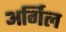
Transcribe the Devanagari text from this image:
अर्गिल